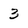
Character: 3